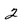
Character: 2